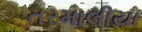
તરમાલીયા